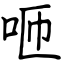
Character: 咂